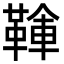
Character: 𩋱